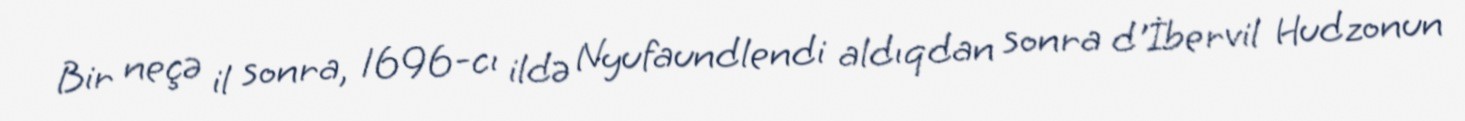
Bir neçə il sonra, 1696-cı ildə Nyufaundlendi aldıqdan sonra d'İbervil Hudzonun